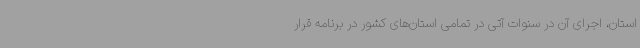
استان، اجرای آن در سنوات آتی در تمامی استان‌های کشور در برنامه قرار